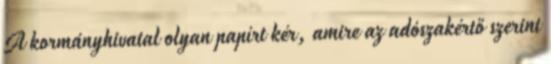
A kormányhivatal olyan papírt kér, amire az adószakértő szerint